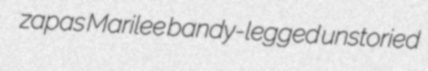
zapas Marilee bandy-legged unstoried